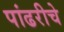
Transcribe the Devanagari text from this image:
पांढरीचे